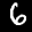
Label: 6